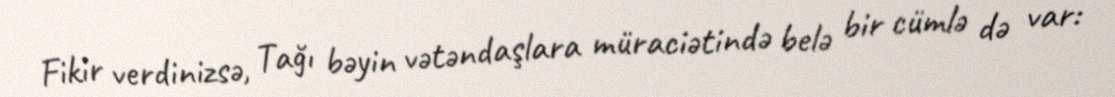
Fikir verdinizsə, Tağı bəyin vətəndaşlara müraciətində belə bir cümlə də var: